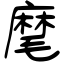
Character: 麾